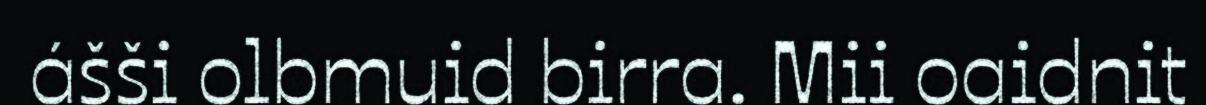
ášši olbmuid birra. Mii oaidnit